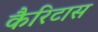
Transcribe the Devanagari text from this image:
कैरिटास